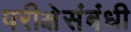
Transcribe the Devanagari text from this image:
परीक्षेसंबंधी